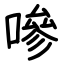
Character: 嘇